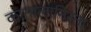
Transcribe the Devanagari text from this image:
कातालानिस्ता